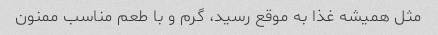
مثل همیشه غذا به موقع رسید، گرم و با طعم مناسب ممنون